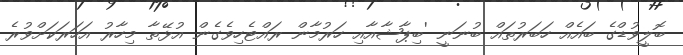
ބޮލީވުޑްގެ ބައެއް ހަބަރުތައް ބުނަނީ 'ބިޕާޝާއާއި ހަރުމާން ރައްޓެހިވެގެން އުޅޭތާ މިހާރު އަހަރަކަށްވުރެ